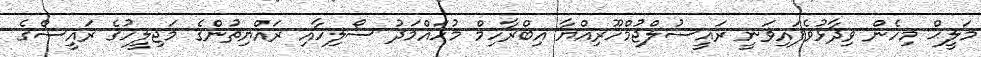
މަލީޙް މިހެން ވިދާޅުވެފައިވަނީ ރައީސުލްޖުމްހޫރިއްޔާ އިބްރާހިމް މުހައްމަދު ސޯލިހާއި ރައްޔިތުންގެ މަޖިލީހުގެ ރައީސްގެ